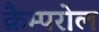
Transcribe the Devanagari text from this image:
क्रैम्परोल